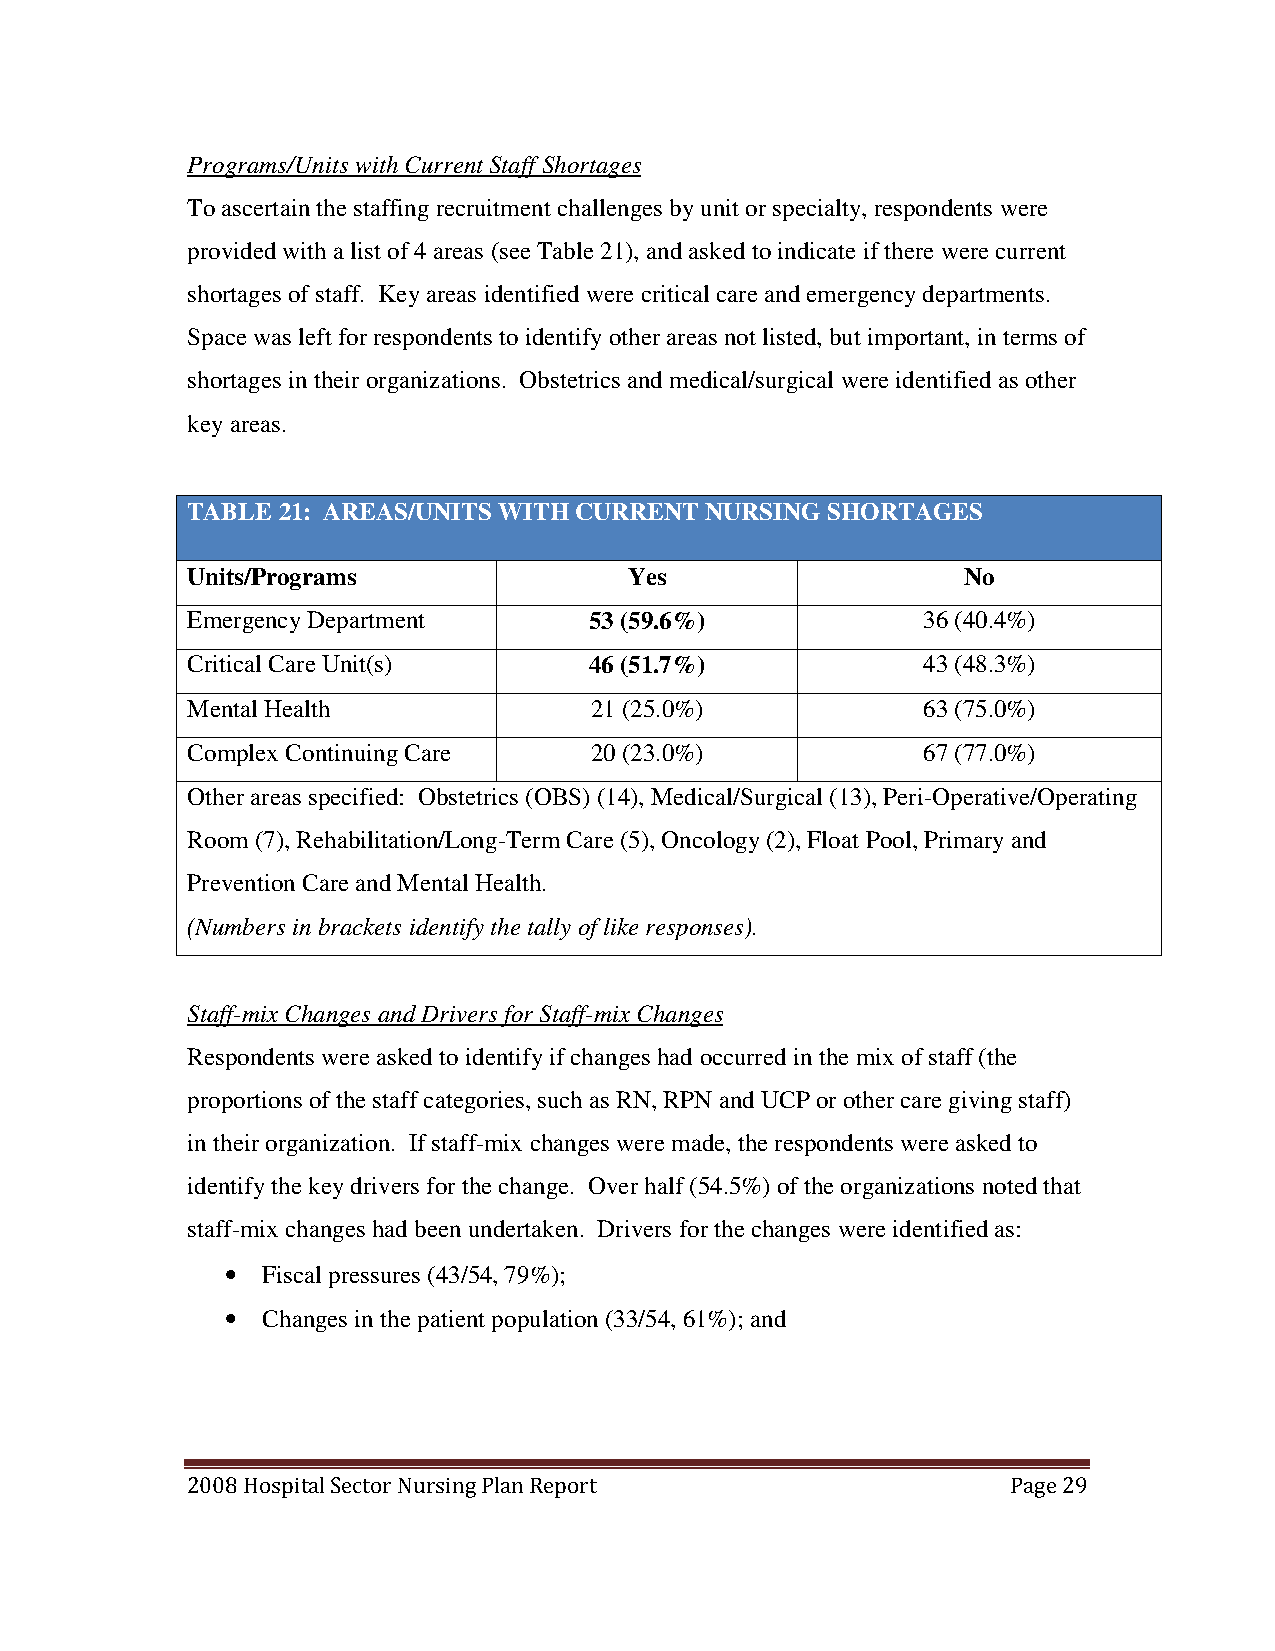
Programs/Units with Current Staff Shortages
 To ascertain the staffing recruitment challenges by unit or specialty, respondents were
 provided with a list of 4 areas (see Table 21), and asked to indicate if there were current
 shortages of staff. Key areas identified were critical care and emergency departments.
 Space was left for respondents to identify other areas not listed, but important, in terms of
 shortages in their organizations. Obstetrics and medical/surgical were identified as other
 key areas.
 TABLE 21: AREAS/UNITS WITH CURRENT NURSING SHORTAGES
 Units/Programs                Yes                   No
 Emergency Department       53 (59.6%)            36 (40.4%)
 Critical Care Unit(s)      46 (51.7%)            43 (48.3%)
 Mental Health              21 (25.0%)            63 (75.0%)
 Complex Continuing Care    20 (23.0%)            67 (77.0%)
 Other areas specified: Obstetrics (OBS) (14), Medical/Surgical (13), Peri-Operative/Operating
 Room (7), Rehabilitation/Long-Term Care (5), Oncology (2), Float Pool, Primary and
 Prevention Care and Mental Health.
 (Numbers in brackets identify the tally of like responses).
 Staff-mix Changes and Drivers for Staff-mix Changes
 Respondents were asked to identify if changes had occurred in the mix of staff (the
 proportions of the staff categories, such as RN, RPN and UCP or other care giving staff)
 in their organization. If staff-mix changes were made, the respondents were asked to
 identify the key drivers for the change. Over half (54.5%) of the organizations noted that
 staff-mix changes had been undertaken. Drivers for the changes were identified as:
 • Fiscal pressures (43/54, 79%);
 • Changes in the patient population (33/54, 61%); and
 2008 Hospital Sector Nursing Plan Report               Page 29